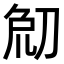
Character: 𠜰